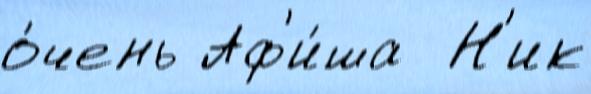
о́чень Аф'и́ша  Н'ик